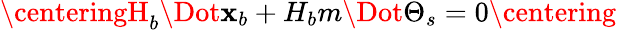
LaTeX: \centeringH_{b}\Dot{\mathbf{x}_{b}}+H_{b}m\Dot{\Theta_{s}}=0\centering